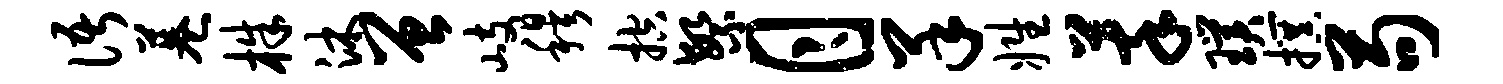
语巷株沐曾岐穆控繁月羊姓萃璞撰苟